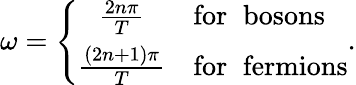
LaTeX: \omega=\left\{ \begin{array}{cl}{{{\frac{2n\pi}{T}}}}&{{\mathrm{for\; \; bosons}}}\\ {{{\frac{(2n+1)\pi}{T}}}}&{{\mathrm{for\; \; fermions}}}\end{array}\right..